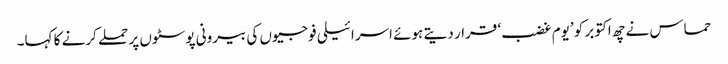
حماس نے چھ اکتوبر کو ’یوم غضب‘ قرار دیتے ہوئے اسرائیلی فوجیوں کی بیرونی پوسٹوں پر حملے کرنے کا کہا۔